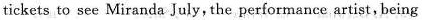
tickets to see Miranda July, the performance artist,being